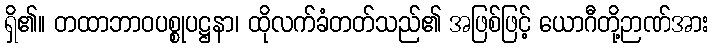
ရှိ၏။ တထာဘာဝပစ္စုပဋ္ဌနာ၊ ထိုလက်ခံတတ်သည်၏ အဖြစ်ဖြင့် ယောဂီတို့ဉာဏ်အား